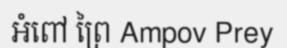
អំពៅ ព្រៃ Ampov Prey